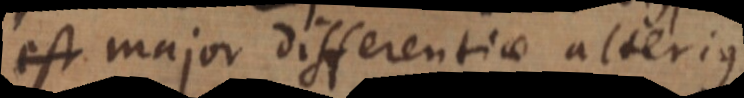
s major differentiae alterius.